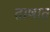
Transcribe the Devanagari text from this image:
ताणात